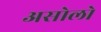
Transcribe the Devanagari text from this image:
असोलो